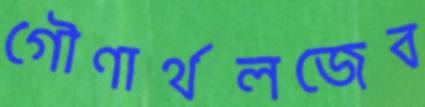
গৌণার্থলজেব